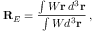
{ \bf R } _ { E } = \frac { \int W { \bf r } \, d ^ { 3 } { \bf r } } { \int W d ^ { 3 } { \bf r } } \, ,